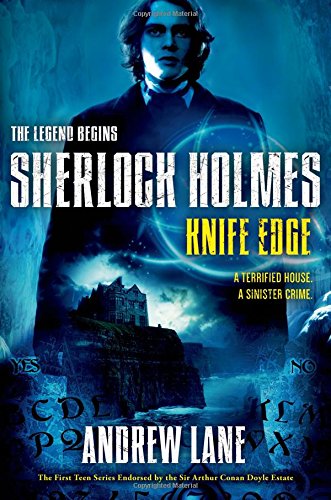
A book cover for Knife Edge (Sherlock Holmes: The Legend Begins); Andrew Lane; Teen & Young Adult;